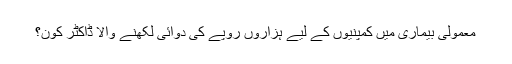
معمولی بیماری میں کمپنیوں کے لیے ہزاروں روپے کی دوائی لکھنے والا ڈاکٹر کون؟